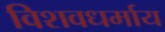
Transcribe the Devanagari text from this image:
विशवधर्माय